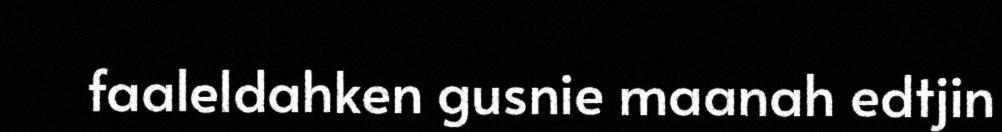
faaleldahken gusnie maanah edtjin